Scottish Leaving Certificate Examination, 1953
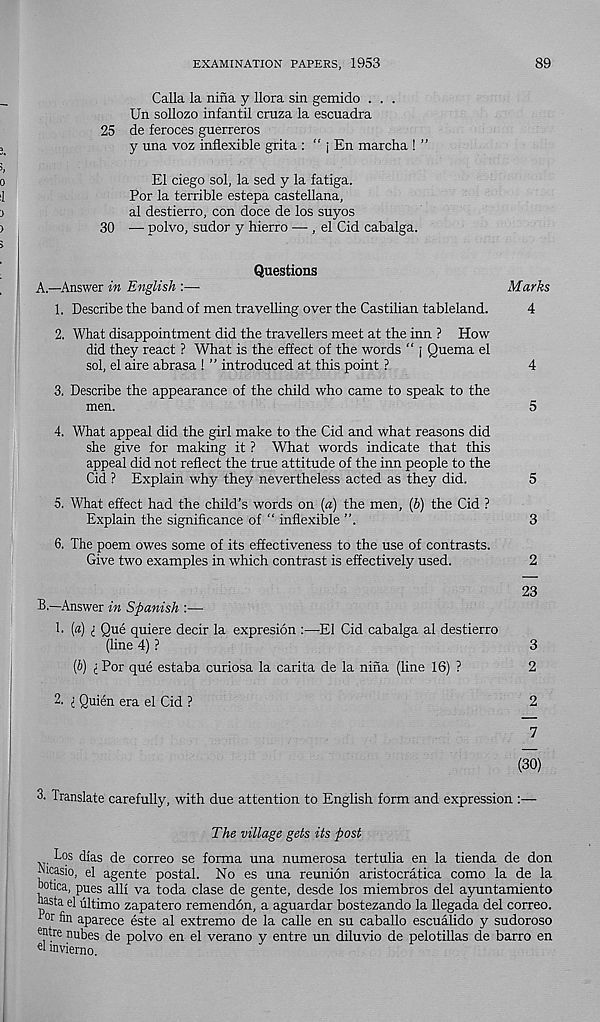
EXAMINATION PAPERS, 1953
89
Calla la nina y llora sin gemido . . .
Un sollozo infantil cruza la escuadra
25 de feroces guerreros
y una voz inflexible grita : “ j En marcha ! ”
El ciego sol, la sed y la fatiga.
For la terrible estepa castellana,
al destierro, con doce de los suyos
30 —• polvo, sudor y hierro —-, el Cid cabalga.
Questions
A.
—Answer in English
1. Describe the band of men travelling over the Castilian tableland.
4
2. What disappointment did the travellers meet at the inn ? How
did they react ? What is the effect of the words “ j Quema el
sol, el aire abrasa ! ” introduced at this point ?
4
3. Describe the appearance of the child who came to speak to the
men.
5
4. What appeal did the girl make to the Cid and what reasons did
she give for making it ? What words indicate that this
appeal did not reflect the true attitude of the inn people to the
Cid ? Explain why they nevertheless acted as they did.
5
5. What effect had the child’s words on (a) the men, (6) the Cid ?
Explain the significance of “ inflexible
3
6. The poem owes some of its effectiveness to the use of contrasts.
Give two examples in which contrast is effectively used.
2
23
B.
—Answer in Spanish :—
1. [a) i Que quiere decir la expresion :—-El Cid cabalga al destierro
(line 4) ?
3
{b) i For que estaba curiosa la carita de la nina (line 16) ?
2
2. i Quien era el Cid ?
2
7
(30)
3. Translate carefully, with due attention to English form and expression :—
The village gets its post
Los dfas de correo se forma una numerosa tertulia en la tienda de don
mcasio, el agente postal. No es una reunion aristocratica como la de la
botica, pries alii va toda clase de gente, desde los miembros del ayuntamiento
uasta el ultimo zapatero remendon, a aguardar bostezando la llegada del correo.
fin aparece este al extreme de la calle en su caballo escualido y sudoroso
®tre pubes de polvo en el verano y entre un diluvio de pelotillas de barro en
6 1 mvierno.